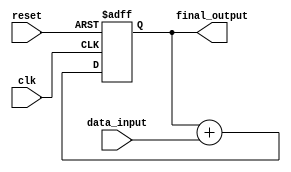
module cascaded_accumulator
(
  input wire clk,
  input wire reset,
  input wire [7:0] data_input,
  output reg [15:0] final_output
);

reg [15:0] accumulator;

always @ (posedge clk or posedge reset)
begin
  if (reset)
    accumulator <= 16'd0;
  else
    accumulator <= accumulator + data_input;
end

assign final_output = accumulator;

endmodule